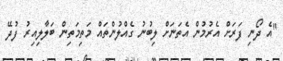
"އެ ދޯނި ފަރަށް އެރުމުން އެތަނަށް ލިބުނު ގެއްލުންތައް މަތިމަތިން ބަލާލިއިރު ފުދޭ